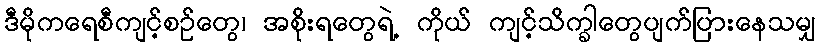
ဒီမိုကရေစီကျင့်စဉ်တွေ၊ အစိုးရတွေရဲ့ ကိုယ် ကျင့်သိက္ခါတွေပျက်ပြားနေသမျှ